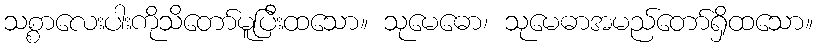
သစ္စာလေးပါးကိုသိတော်မူပြီးထသော။ သုမေဓော၊ သုမေဓာအမည်တော်ရှိထသော။